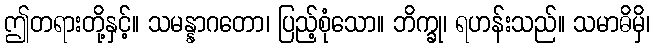
ဤတရားတို့နှင့်။ သမန္နာဂတော၊ ပြည့်စုံသော။ ဘိက္ခု၊ ရဟန်းသည်။ သမာဓိမှိ၊